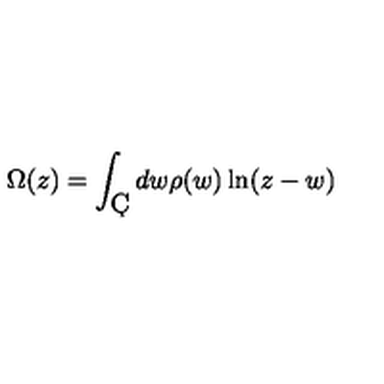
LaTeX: \Omega ( z ) = \int _ { \c C } d w \rho ( w ) \ln ( z - w )